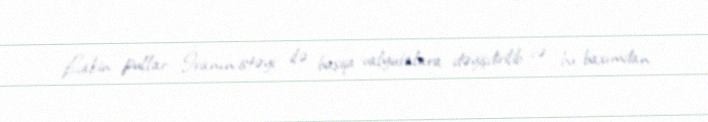
Lakin pullar İranın istəyi ilə başqa valyutalara dəyişdirilib və bu baxımdan